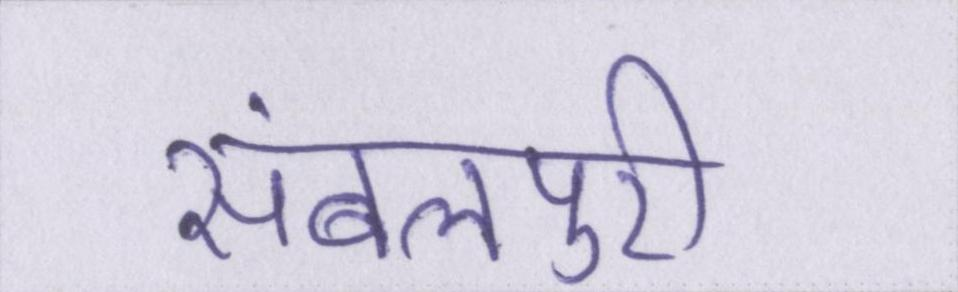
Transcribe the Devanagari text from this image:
संबलपुरी